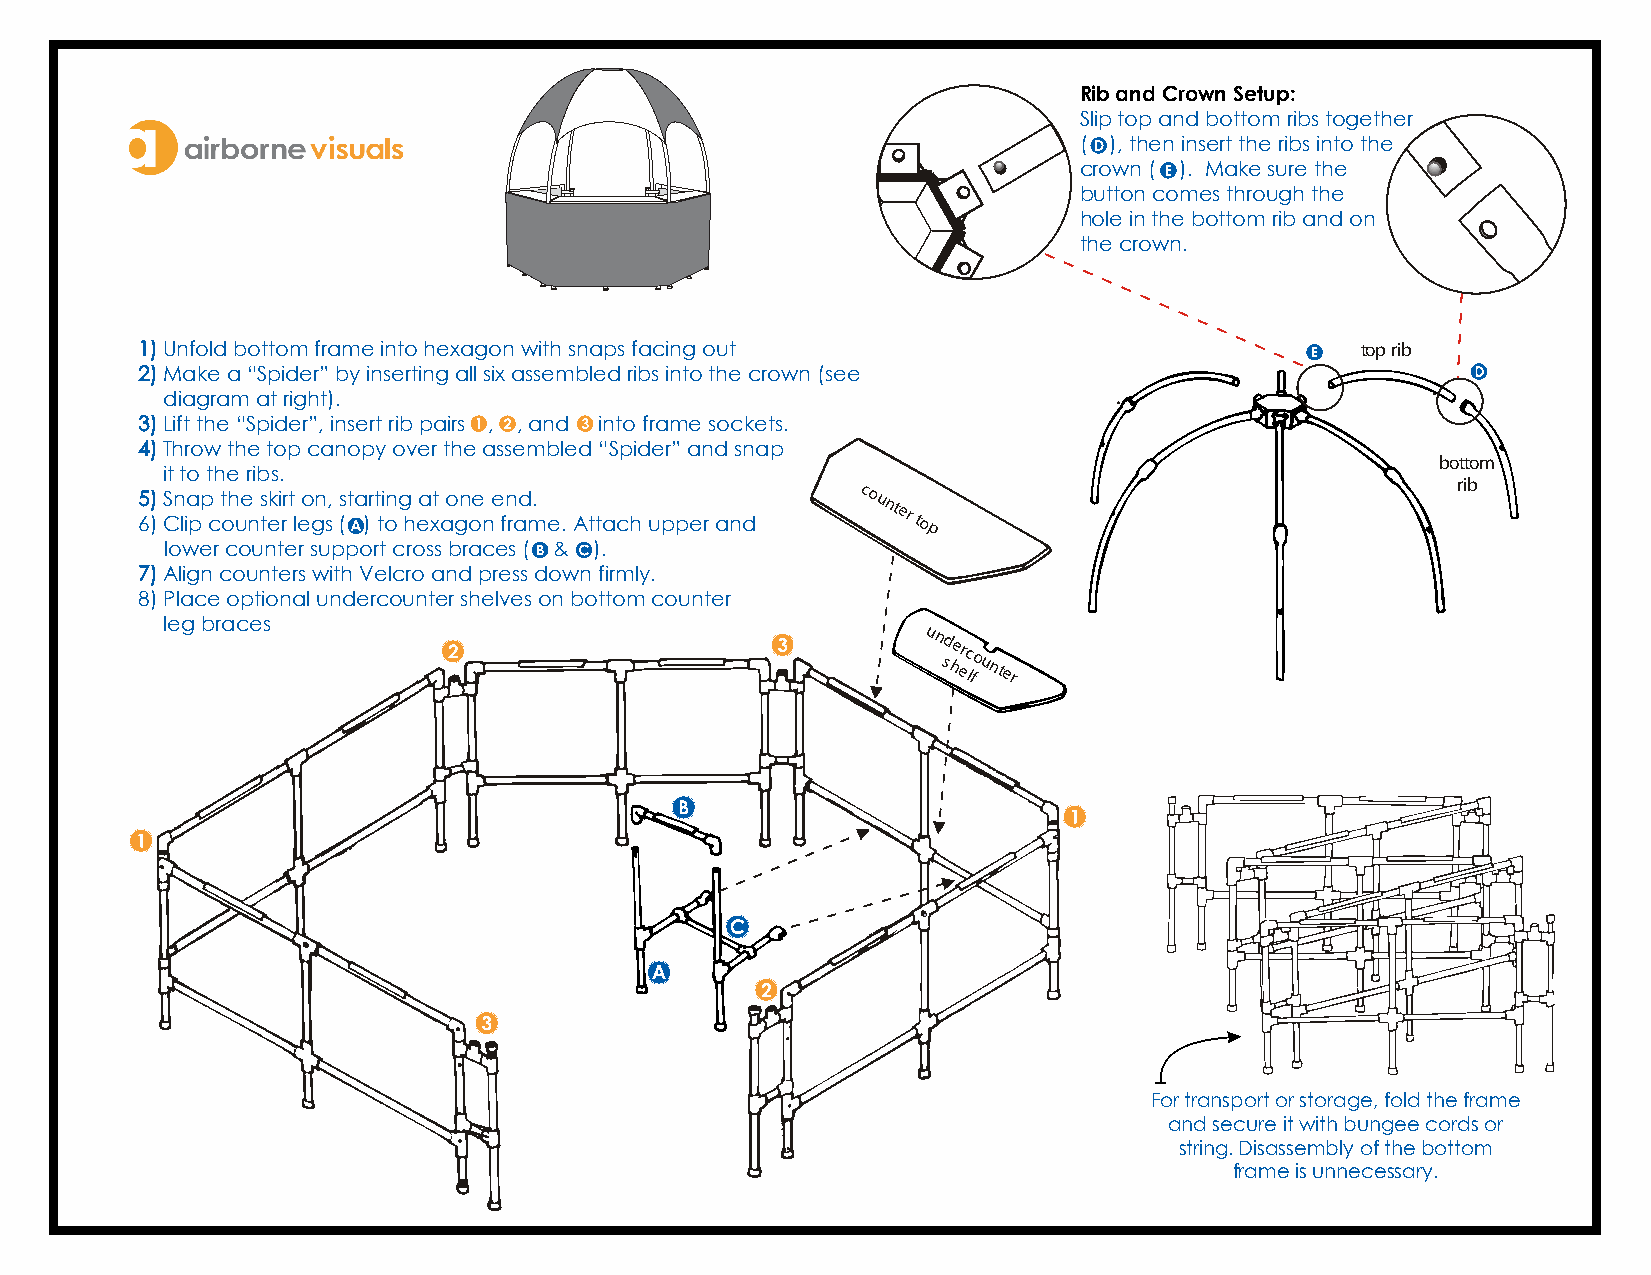
Rib and Crown Setup:
 Slip top and bottom ribs together
 ( ), then insert the ribs into the
 crown ( ). Make sure the
 button comes through the
 hole in the bottom rib and on
 the crown.
 1)Unfold bottom frame into hexagon with snaps facing out                         top rib
 2)Make a “Spider” by inserting all six assembled ribs into the crown (see
 diagram at right).
 3)Lift the “Spider”, insert rib pairs , , and into frame sockets.
 4)Throw the top canopy over the assembled “Spider” and snap
 bottom
 it to the ribs.
 rib
 5 6) )S Cn lia pp
 c
 t oh ue
 n
 s tk ei rr t
 l
 eo gn s, (s t a )r t ti on g
 h
 ea xt ao gn oe
 n
 e fn rad m.
 e. Attach upper and
 counter
 top
 lower counter support cross braces ( & ).
 7)Align counters with Velcro and press down firmly.
 8)Place optional undercounter shelves on bottom counter
 leg braces
 u n sd he erc
 lfounter
 For transport or storage, fold the frame
 and secure it with bungee cords or
 string. Disassembly of the bottom
 frame is unnecessary.